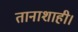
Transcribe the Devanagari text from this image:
तानाशाही।